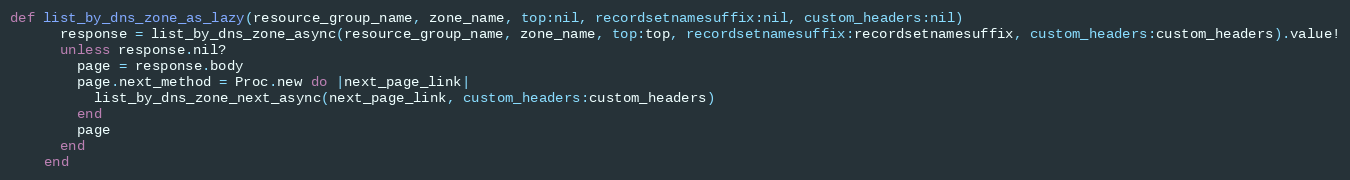
Language: Ruby
def list_by_dns_zone_as_lazy(resource_group_name, zone_name, top:nil, recordsetnamesuffix:nil, custom_headers:nil)
      response = list_by_dns_zone_async(resource_group_name, zone_name, top:top, recordsetnamesuffix:recordsetnamesuffix, custom_headers:custom_headers).value!
      unless response.nil?
        page = response.body
        page.next_method = Proc.new do |next_page_link|
          list_by_dns_zone_next_async(next_page_link, custom_headers:custom_headers)
        end
        page
      end
    end